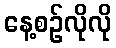
နေ့စဉ်လိုလို